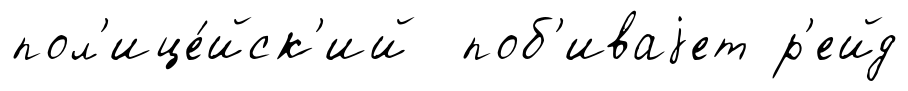
пол'ице́йск'ий поб'иваjет р'ейд